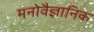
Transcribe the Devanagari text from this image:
मनाेवैज्ञानिक